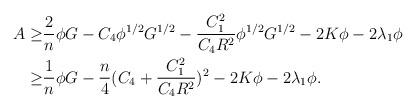
LaTeX: \begin{align*}\begin{aligned}A\geq&\frac{2}{n}\phi G-C_{4}\phi^{1/2}G^{1/2}-\frac{C_{1}^{2}}{C_{4}R^{2}}\phi^{1/2}G^{1/2}-2K\phi-2\lambda_{1}\phi\\\geq&\frac{1}{n}\phi G-\frac{n}{4}(C_{4}+\frac{C_{1}^{2}}{C_{4}R^{2}})^{2}-2K\phi-2\lambda_{1}\phi.\end{aligned}\end{align*}